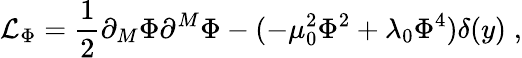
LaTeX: {\cal L}_{\Phi}=\frac{1}{2}\partial_{M}\Phi\partial^{M}\Phi-(-\mu_{0}^{2}\Phi^{2}+\lambda_{0}\Phi^{4})\delta(y)\; ,